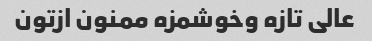
عالی تازه وخوشمزه ممنون ازتون